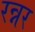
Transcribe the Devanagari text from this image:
रन्नर